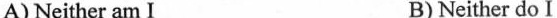
A) Neither am I B)Neither do I